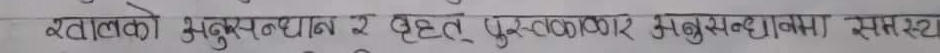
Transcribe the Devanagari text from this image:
नटालको अनुसन्धान र वृहत पुस्तकालय अनुसन्धानमा संलग्न